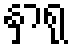
နှာရု